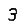
Digit: 3